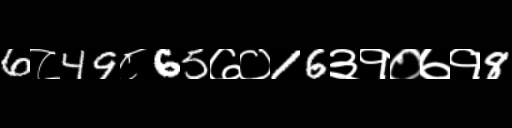
Text: 6८49८65७०16३१०७१8